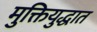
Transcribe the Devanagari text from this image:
मुक्तियुद्धात